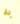
به